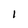
Character: l